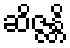
ဆိဇ္ဇန္တိ